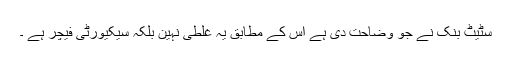
سٹیٹ بنک نے جو وضاحت دی ہے اس کے مطابق یہ غلطی نہین بلکہ سیکیورٹی فیچر ہے ۔